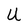
Character: U